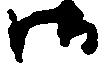
御